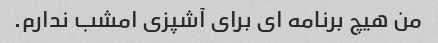
من هیچ برنامه ای برای آشپزی امشب ندارم.